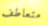
متعاطف